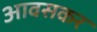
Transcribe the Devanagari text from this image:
आवसकर